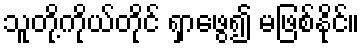
သူတို့ကိုယ်တိုင် ရှာဖွေ၍ မဖြစ်နိုင်။